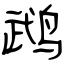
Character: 鹉